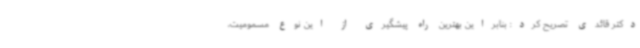
دکتر قائدی تصریح کرد: بنابراین بهترین راه پیشگیری از این نوع مسمومیت،